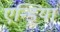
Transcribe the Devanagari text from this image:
एन्ड्रिया